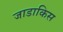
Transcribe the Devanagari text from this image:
जाडाकिस